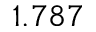
1 . 7 8 7